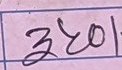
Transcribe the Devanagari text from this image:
३२०।